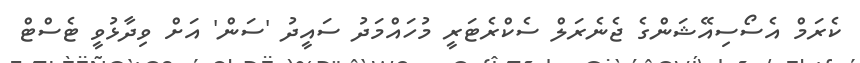
ކެރަމް އެސޯސިއޭޝަންގެ ޖެނެރަލް ސެކްރެޓަރީ މުހައްމަދު ސައީދު 'ސަން' އަށް ވިދާޅުވީ ޓެސްޓް